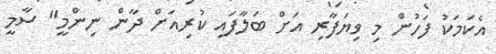
އެކަމަކު ފަހުން މި ވިޔަފާރި އަށް ބަލާފައި ކުރިއަށް ދާން ނިންމީ" ސާމީ